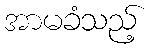
အာမခံသည့်